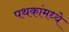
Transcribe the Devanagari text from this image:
पथकांमध्ये